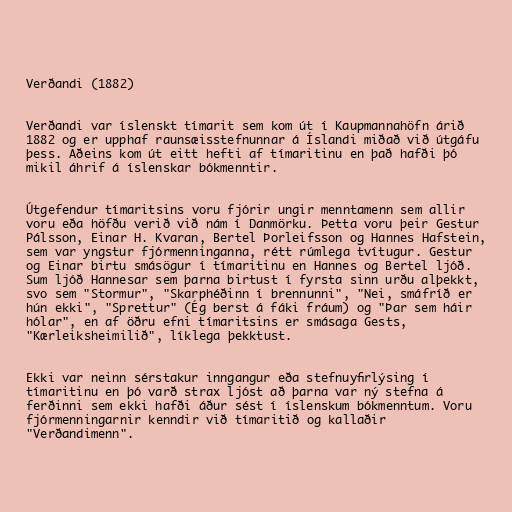
Verðandi (1882)

Verðandi var íslenskt tímarit sem kom út í Kaupmannahöfn árið
1882 og er upphaf raunsæisstefnunnar á Íslandi miðað við útgáfu
þess. Aðeins kom út eitt hefti af tímaritinu en það hafði þó
mikil áhrif á íslenskar bókmenntir.

Útgefendur tímaritsins voru fjórir ungir menntamenn sem allir
voru eða höfðu verið við nám í Danmörku. Þetta voru þeir Gestur
Pálsson, Einar H. Kvaran, Bertel Þorleifsson og Hannes Hafstein,
sem var yngstur fjórmenninganna, rétt rúmlega tvítugur. Gestur
og Einar birtu smásögur í tímaritinu en Hannes og Bertel ljóð.
Sum ljóð Hannesar sem þarna birtust í fyrsta sinn urðu alþekkt,
svo sem "Stormur", "Skarphéðinn í brennunni", "Nei, smáfríð er
hún ekki", "Sprettur" (Ég berst á fáki fráum) og "Þar sem háir
hólar", en af öðru efni tímaritsins er smásaga Gests,
"Kærleiksheimilið", líklega þekktust.

Ekki var neinn sérstakur inngangur eða stefnuyfirlýsing í
tímaritinu en þó varð strax ljóst að þarna var ný stefna á
ferðinni sem ekki hafði áður sést í íslenskum bókmenntum. Voru
fjórmenningarnir kenndir við tímaritið og kallaðir
"Verðandimenn".